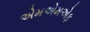
એમએમએફ